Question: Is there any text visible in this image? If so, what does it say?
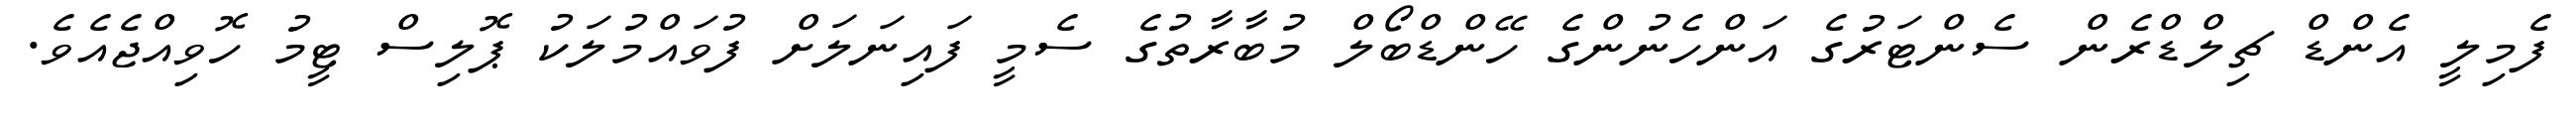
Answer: ފެމިލީ އެންޑް ޗިލްޑްރެން ސެންޓަރުގެ އަންހެނުންގެ ހޭންޑްބޯލް މުބާރާތުގެ ސެމީ ފައިނަލަށް ފުވައްމުލަކު ޕޮލިސް ޓީމު ހޮވިއްޖެއެވެ.